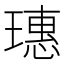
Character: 璤